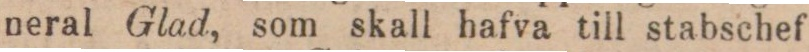
neral Glad, som skall hafva till stabschef